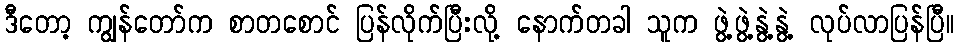
ဒီတော့ ကျွန်တော်က စာတစောင် ပြန်လိုက်ပြီးလို့ နောက်တခါ သူက ဖွဲ့ဖွဲ့နွဲ့နွဲ့ လုပ်လာပြန်ပြီ။